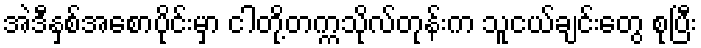
အဲဒီနှစ်အစောပိုင်းမှာ ငါတို့တက္ကသိုလ်တုန်းက သူငယ်ချင်းတွေ စုပြီး